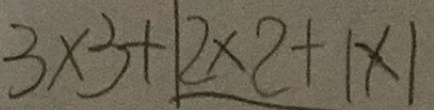
3 \times 3 + 1 2 \times 2 + 1 \times 1